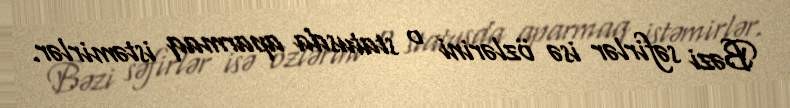
Bəzi səfirlər isə özlərini o statusda aparmaq istəmirlər.